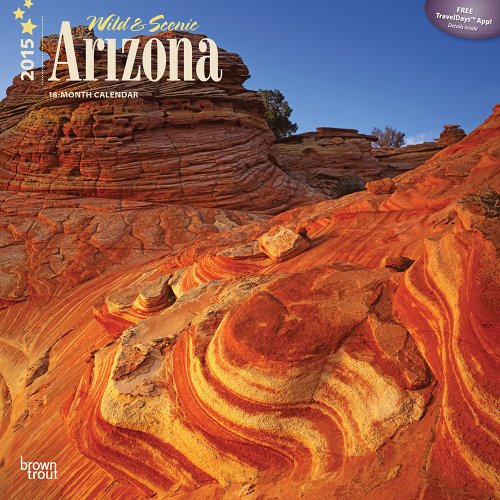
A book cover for Arizona, Wild & Scenic 2015 Square 12x12 (Multilingual Edition); BrownTrout; Calendars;